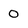
Character: 0